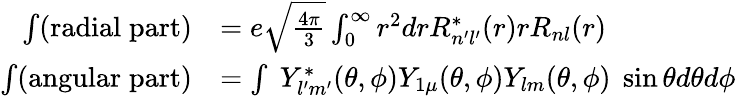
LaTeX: \begin{array}{rl}{\int(\mathrm{radial\; part)}}&{=e\sqrt{\frac{4\pi}{3}}\int_{0}^{\infty}r^{2}drR_{n^{\prime}l^{\prime}}^{*}(r)rR_{nl}(r)}\\ {\int(\mathrm{angular\; part)}}&{=\int\; Y_{l^{\prime}m^{\prime}}^{*}(\theta,\phi)Y_{1\mu}(\theta,\phi)Y_{lm}(\theta,\phi)\; \sin\theta d\theta d\phi}\end{array}